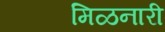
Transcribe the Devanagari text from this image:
मिळनारी